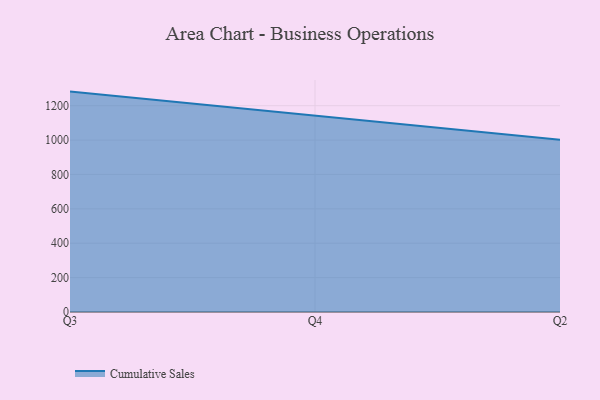
{"axis": {"x": "Quarter", "y": "Budget (USD K)"}, "legend": ["Cumulative Sales"], "data": [{"x": "Q3", "y": 1282.0, "type": "Cumulative Sales"}, {"x": "Q4", "y": 1142.0, "type": "Cumulative Sales"}, {"x": "Q2", "y": 1001.4, "type": "Cumulative Sales"}]}